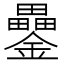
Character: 𨯔